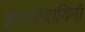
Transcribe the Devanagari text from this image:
ज्ञानप्रदायिनी